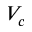
V _ { c }